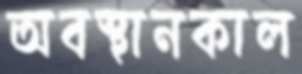
অবস্থানকাল